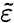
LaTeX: \tilde{\varepsilon}